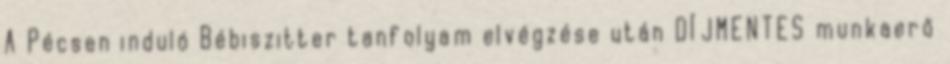
A Pécsen induló Bébiszitter tanfolyam elvégzése után DÍJMENTES munkaerő